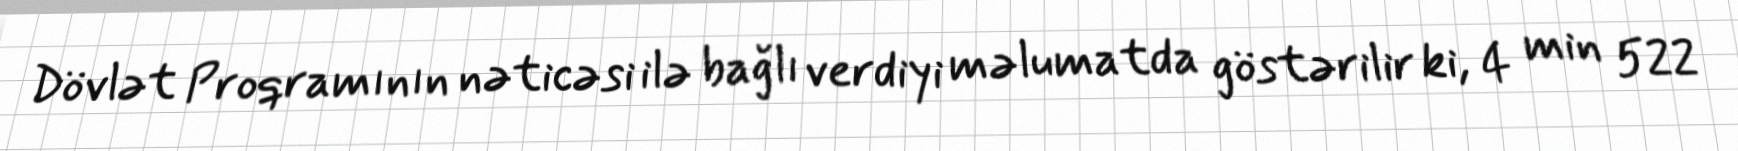
Dövlət Proqramının nəticəsi ilə bağlı verdiyi məlumatda göstərilir ki, 4 min 522